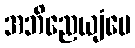
အဘိညေယျံပေ